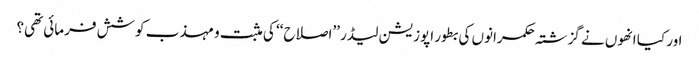
اور کیا انھوں نے گزشتہ حکمرانوں کی بطور اپوزیشن لیڈر ’’اصلاح‘‘ کی مثبت و مہذب کوشش فرمائی تھی؟